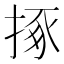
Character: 㧻